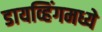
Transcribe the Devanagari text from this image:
डायव्हिंगमध्ये